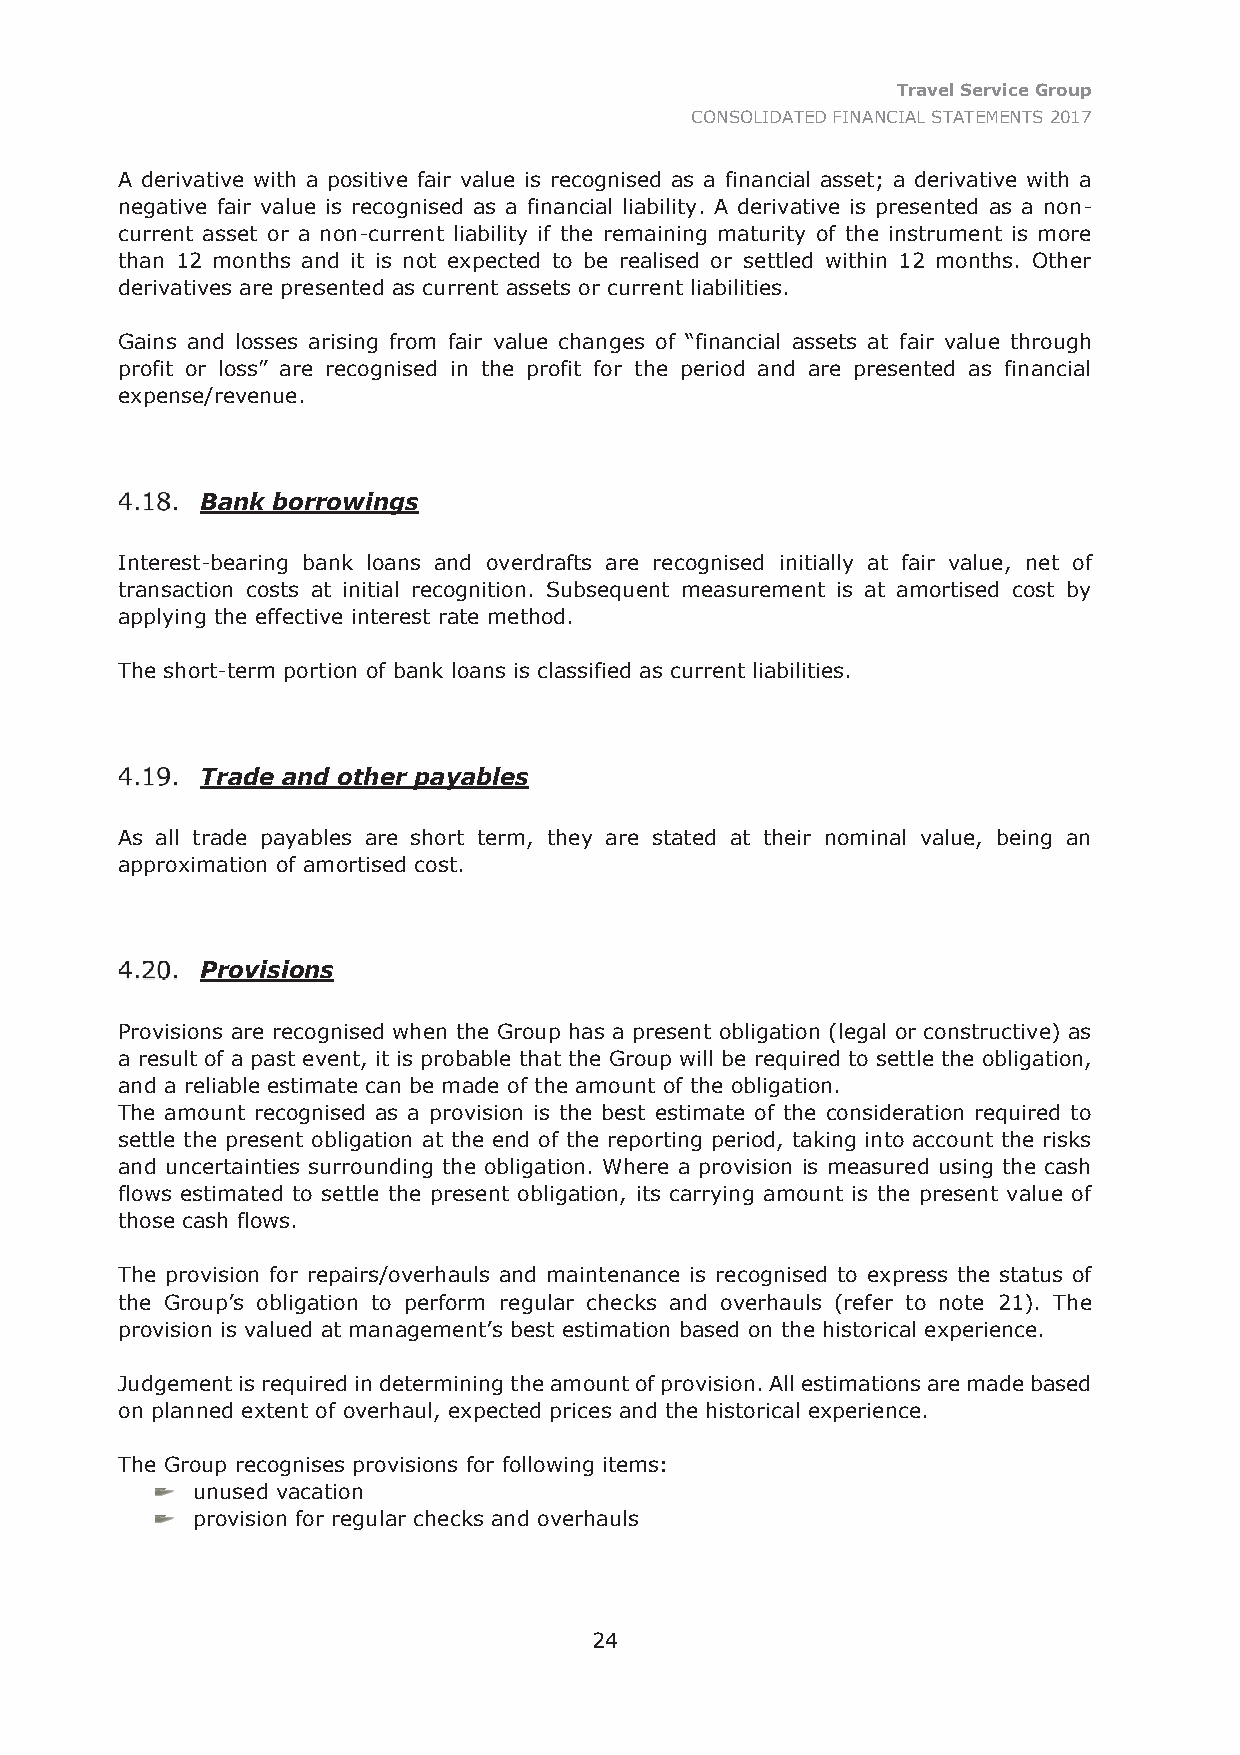
Travel Service Group
 CONSOLIDATED FINANCIAL STATEMENTS 2017
 A derivative with a positive fair value is recognised as a financial asset; a derivative with a
 negative fair value is recognised as a financial liability. A derivative is presented as a non-
 current asset or a non-current liability if the remaining maturity of the instrument is more
 than 12 months and it is not expected to be realised or settled within 12 months. Other
 derivatives are presented as current assets or current liabilities.
 Gains and losses arising from fair value changes of “financial assets at fair value through
 profit or loss” are recognised in the profit for the period and are presented as financial
 expense/revenue.
 Bank borrowings
 Interest-bearing bank loans and overdrafts are recognised initially at fair value, net of
 transaction costs at initial recognition. Subsequent measurement is at amortised cost by
 applying the effective interest rate method.
 The short-term portion of bank loans is classified as current liabilities.
 Trade and other payables
 As all trade payables are short term, they are stated at their nominal value, being an
 approximation of amortised cost.
 Provisions
 Provisions are recognised when the Group has a present obligation (legal or constructive) as
 a result of a past event, it is probable that the Group will be required to settle the obligation,
 and a reliable estimate can be made of the amount of the obligation.
 The amount recognised as a provision is the best estimate of the consideration required to
 settle the present obligation at the end of the reporting period, taking into account the risks
 and uncertainties surrounding the obligation. Where a provision is measured using the cash
 flows estimated to settle the present obligation, its carrying amount is the present value of
 those cash flows.
 The provision for repairs/overhauls and maintenance is recognised to express the status of
 the Group’s obligation to perform regular checks and overhauls (refer to note 21). The
 provision is valued at management’s best estimation based on the historical experience.
 Judgement is required in determining the amount of provision. All estimations are made based
 on planned extent of overhaul, expected prices and the historical experience.
 The Group recognises provisions for following items:
 unused vacation
 provision for regular checks and overhauls
 24